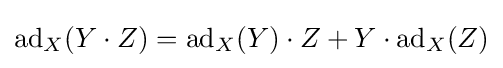
\operatorname {ad} _{X}(Y\cdot Z)=\operatorname {ad} _{X}(Y)\cdot Z+Y\cdot \operatorname {ad} _{X}(Z)